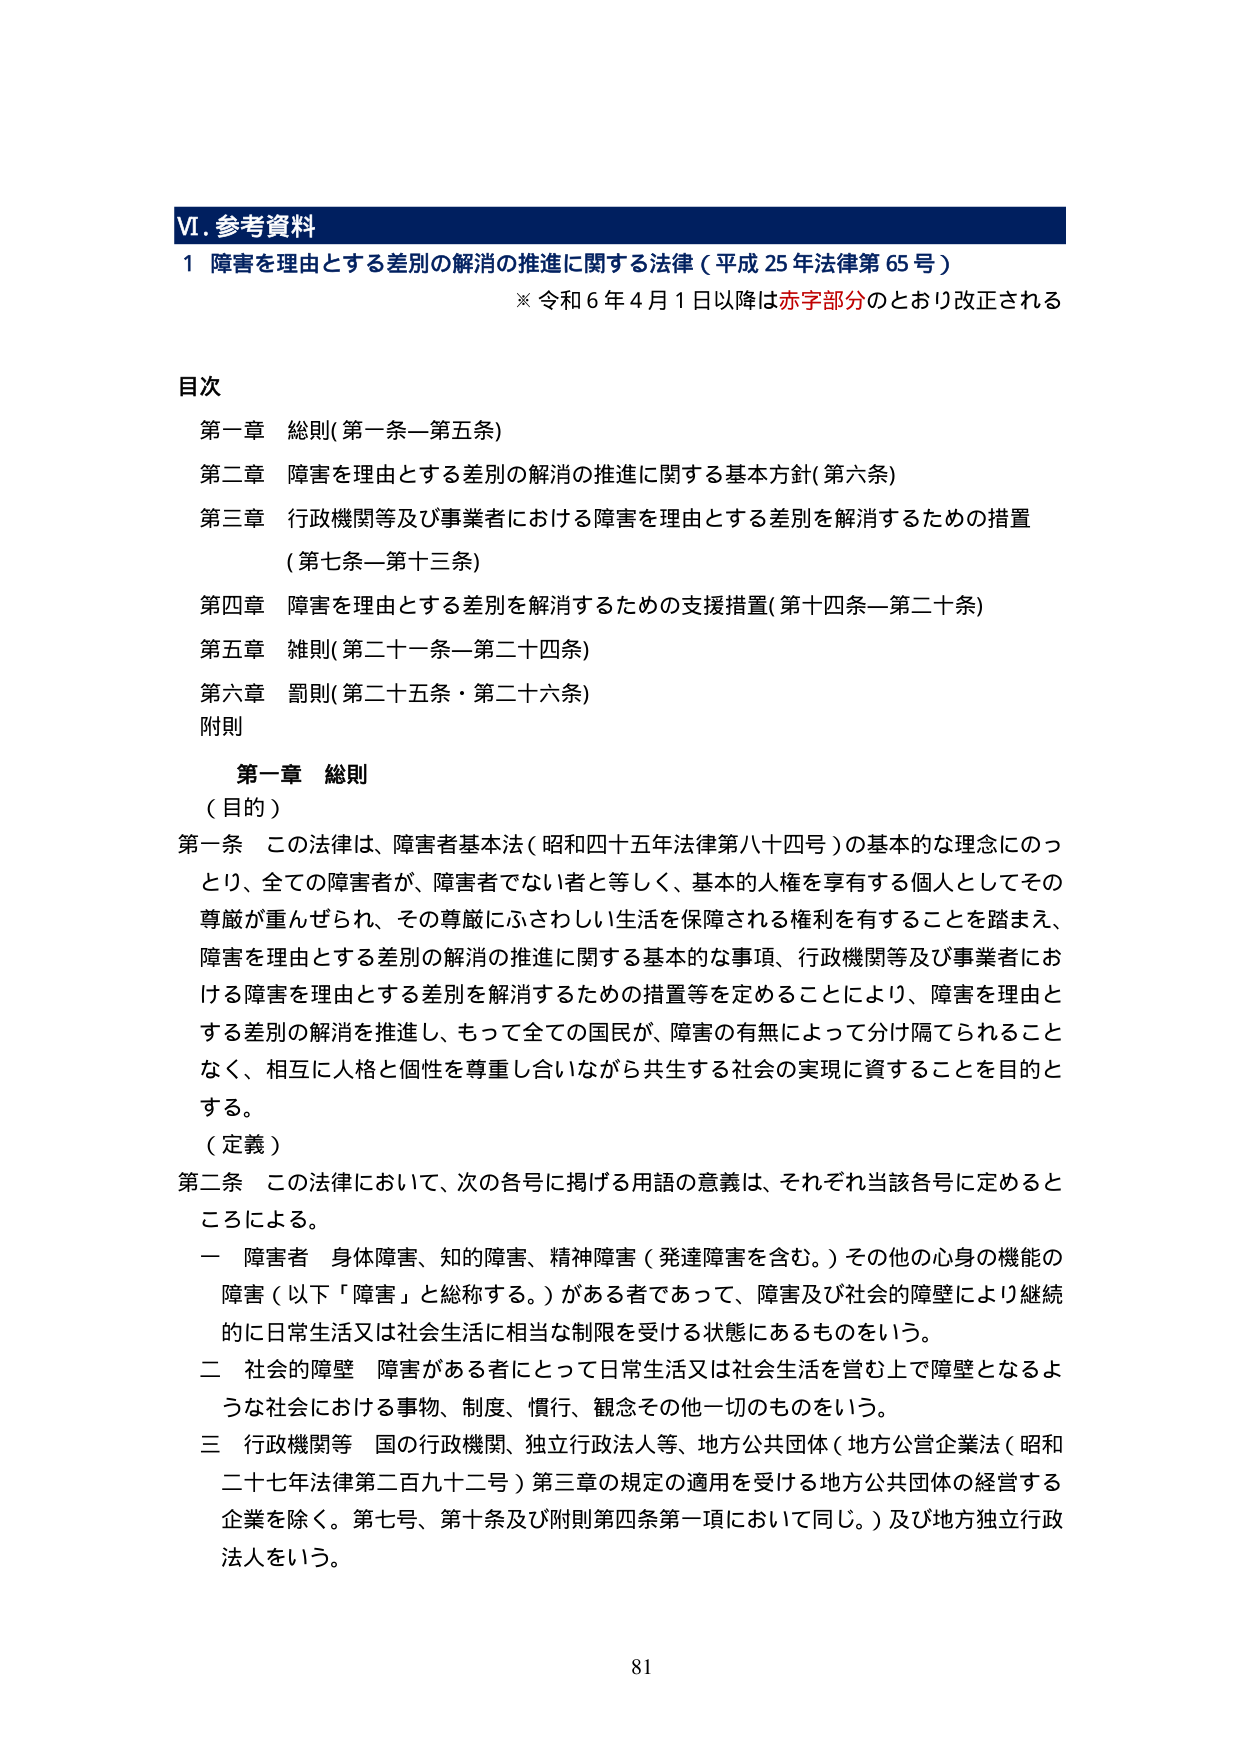
VI. 参考資料
1 障害を理由とする差別の解消の推進に関する法律（平成25年法律第65号）
※ 令和6年4月1日以降は赤字部分のとおり改正される

目次
第一章 総則（第一条—第五条）
第二章 障害を理由とする差別の解消の推進に関する基本方針（第六条）
第三章 行政機関等及び事業者における障害を理由とする差別を解消するための措置（第七条—第十三条）
第四章 障害を理由とする差別を解消するための支援措置（第十四条—第二十条）
第五章 雑則（第二十一条—第二十四条）
第六章 罰則（第二十五条・第二十六条）
附則

第一章 総則
（目的）
第一条 この法律は、障害者基本法（昭和四十五年法律第八十四号）の基本的な理念にのっとり、全ての障害者が、障害者でない者と等しく、基本的人権を享有する個人としてその尊厳が重んぜられ、その尊厳にふさわしい生活を保障される権利を有することを踏まえ、障害を理由とする差別の解消の推進に関する基本的な事項、行政機関等及び事業者における障害を理由とする差別を解消するための措置等を定めることにより、障害を理由とする差別の解消を推進し、もって全ての国民が、障害の有無によって分け隔てられることなく、相互に人格と個性を尊重し合いながら共生する社会の実現に資することを目的とする。

（定義）
第二条 この法律において、次の各号に掲げる用語の意義は、それぞれ当該各号に定めるところによる。
一 障害者 身体障害、知的障害、精神障害（発達障害を含む。）その他の心身の機能の障害（以下「障害」と総称する。）がある者であって、障害及び社会的障壁により継続的に日常生活又は社会生活に相当な制限を受ける状態にあるものをいう。
二 社会的障壁 障害がある者にとって日常生活又は社会生活を営む上で障壁となるような社会における事物、制度、慣行、観念その他一切のものをいう。
三 行政機関等 国の行政機関、独立行政法人等、地方公共団体（地方公営企業法（昭和二十七年法律第二百九十二号）第三章の規定の適用を受ける地方公共団体の経営する企業を除く。第七号、第十条及び附則第四条第一項において同じ。）及び地方独立行政法人をいう。

81